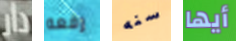
دار رفعه سنه أيها